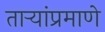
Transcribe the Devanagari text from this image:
ताऱ्यांप्रमाणे